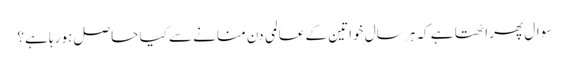
سوال پھر اٹھتا ہے کہ ہر سال خواتین کے عالمی دن منانے سے کیا حاصل ہو رہا ہے؟